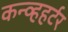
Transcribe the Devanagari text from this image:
कन्व्हहर्टर